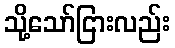
သို့သော်ငြားလည်း